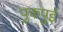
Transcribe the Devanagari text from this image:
पुकपुई